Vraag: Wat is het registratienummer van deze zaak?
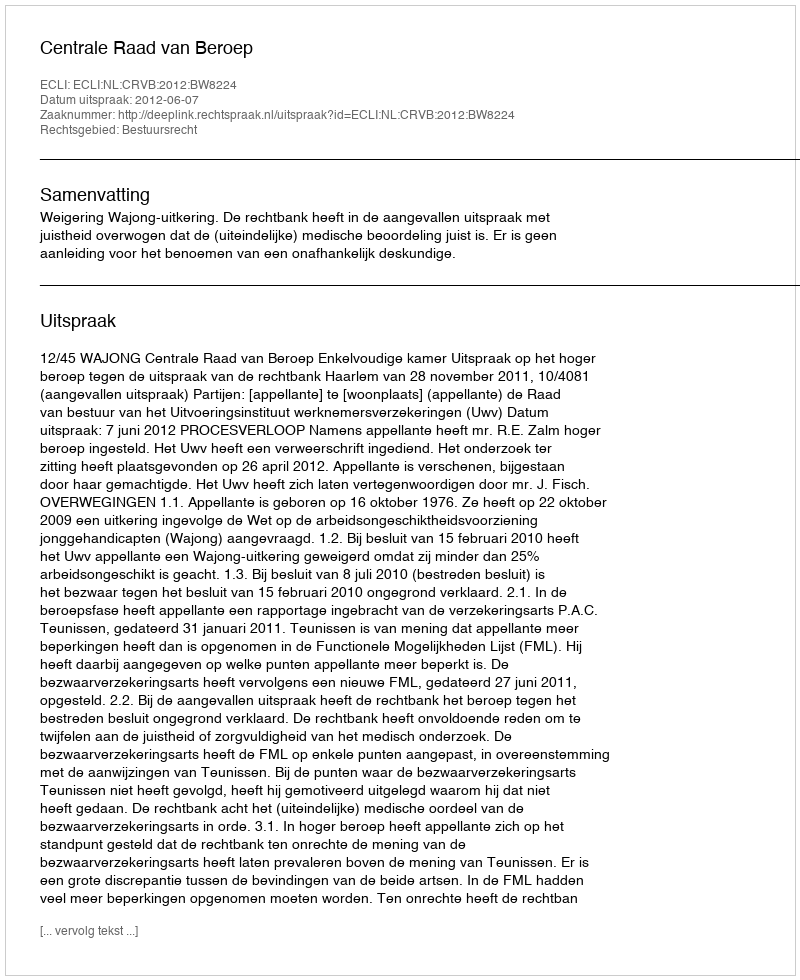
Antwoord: http://deeplink.rechtspraak.nl/uitspraak?id=ECLI:NL:CRVB:2012:BW8224